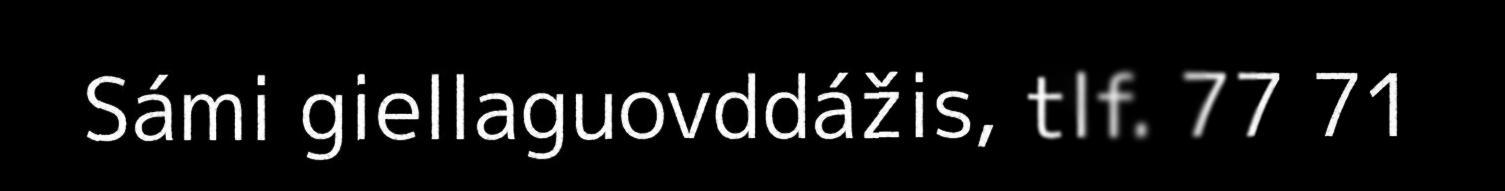
Sámi giellaguovddážis, tlf. 77 71